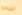
اجمعوا